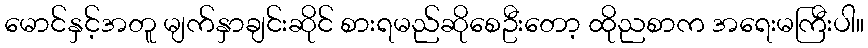
မောင်နှင့်အတူ မျက်နှာချင်းဆိုင် စားရမည်ဆိုစေဦးတော့ ထိုညစာက အရေးမကြီးပါ။